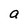
Character: a